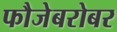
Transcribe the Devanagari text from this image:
फौजेबरोबर